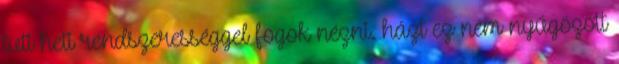
tuti heti rendszerességgel fogok nézni. házt ez nem nyűgözött